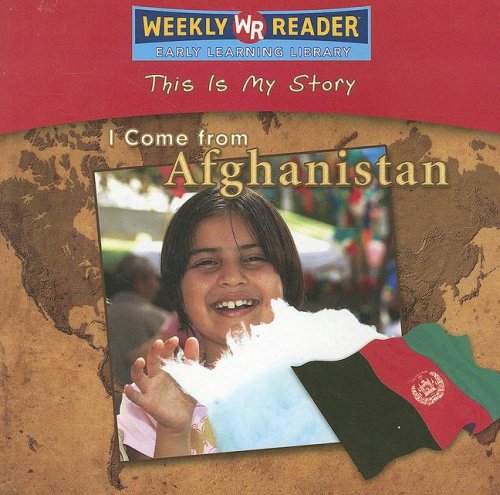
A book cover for I Come from Afghanistan (This Is My Story); Valerie J. Weber; Children's Books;